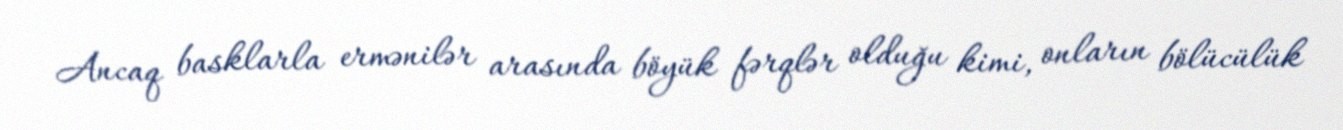
Ancaq basklarla ermənilər arasında böyük fərqlər olduğu kimi, onların bölücülük